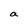
Character: a